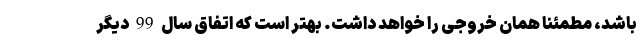
باشد، مطمئنا همان خروجی را خواهد داشت. بهتر است که اتفاق سال 99 دیگر